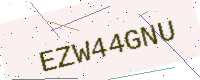
Text: EZW44GNU